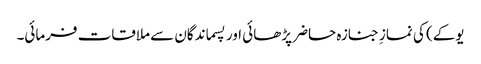
یوکے) کی نمازِ جنازہ حاضر پڑھائی اور پسماندگان سے ملاقات فرمائی۔